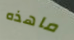
ماهذه